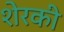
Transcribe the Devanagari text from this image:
शेरकी